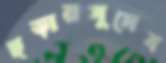
ছড়ারসুদেব